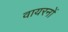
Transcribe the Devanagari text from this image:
वायरनों